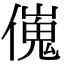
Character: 𠎺